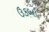
ઉકબા